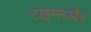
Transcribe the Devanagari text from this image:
टाइम्सऔर